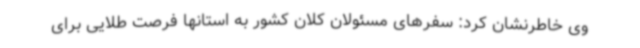
وی خاطرنشان کرد: سفرهای مسئولان کلان کشور به استانها فرصت طلایی برای